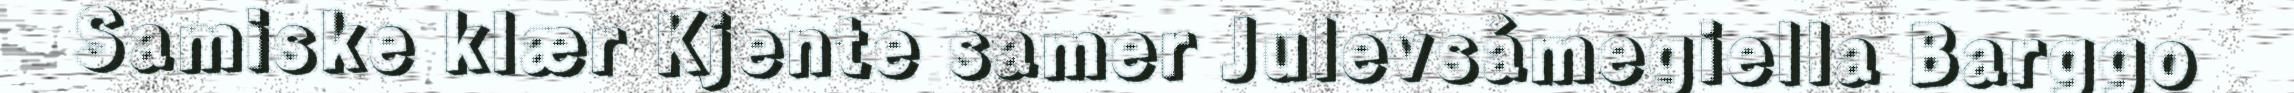
Samiske klær Kjente samer Julevsámegiella Barggo